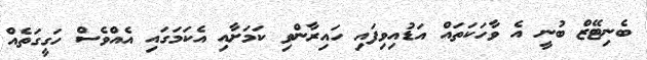
ބެނިޓޭޒް ބުނީ އެ ވާހަކަތައް އަޑުއިވިފައި ހައިރާންވި ކަމަށާއި އެކަމަގައި އެއްވެސް ހަގީގަތެއް